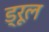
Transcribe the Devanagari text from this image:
ड्रूल